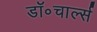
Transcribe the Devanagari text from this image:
डॉ॰चार्ल्स